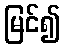
မြင်၍